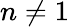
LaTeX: n\ne 1